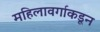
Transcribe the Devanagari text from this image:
महिलावर्गाकडून